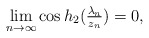
\begin{align*} \lim_{n \to \infty} \cos h_2 (\tfrac{\lambda_n}{z_n}) = 0, \end{align*}